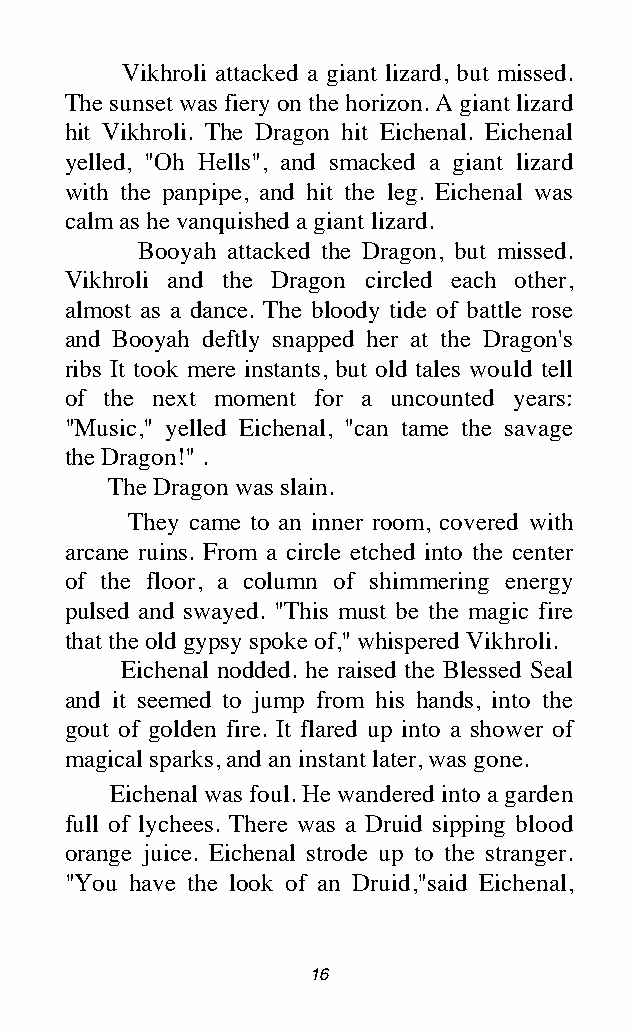
Vikhroli attacked a giant lizard, but missed.
 The sunset was fiery on the horizon. A giant lizard
 hit Vikhroli. The Dragon hit Eichenal. Eichenal
 yelled, "Oh Hells", and smacked a giant lizard
 with the panpipe, and hit the leg. Eichenal was
 calm as he vanquished a giant lizard.
 Booyah attacked the Dragon, but missed.
 Vikhroli and the Dragon circled each other,
 almost as a dance. The bloody tide of battle rose
 and Booyah deftly snapped her at the Dragon's
 ribs It took mere instants, but old tales would tell
 of the next moment for a uncounted years:
 "Music," yelled Eichenal, "can tame the savage
 the Dragon!" .
 The Dragon was slain.
 They came to an inner room, covered with
 arcane ruins. From a circle etched into the center
 of the floor, a column of shimmering energy
 pulsed and swayed. "This must be the magic fire
 that the old gypsy spoke of," whispered Vikhroli.
 Eichenal nodded. he raised the Blessed Seal
 and it seemed to jump from his hands, into the
 gout of golden fire. It flared up into a shower of
 magical sparks, and an instant later, was gone.
 Eichenal was foul. He wandered into a garden
 full of lychees. There was a Druid sipping blood
 orange juice. Eichenal strode up to the stranger.
 "You have the look of an Druid,"said Eichenal,
 16